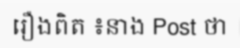
រឿងពិត ៖នាង Post ថា